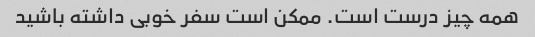
همه چیز درست است. ممکن است سفر خوبی داشته باشید